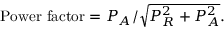
\mathrm { P o w e r ~ f a c t o r } = P _ { A } / \sqrt { P _ { R } ^ { 2 } + P _ { A } ^ { 2 } } .